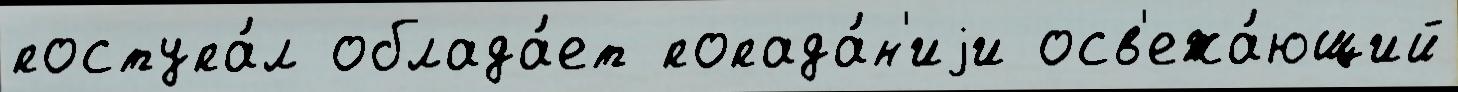
поступа́л облада́ет попада́н'иjи осв'ежа́ющий